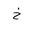
Letter: _kha